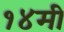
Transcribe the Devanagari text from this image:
१४मी